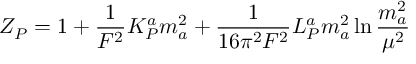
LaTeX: Z _ { P } = 1 + \frac { 1 } { F ^ { 2 } } K _ { P } ^ { a } m _ { a } ^ { 2 } + \frac { 1 } { 1 6 \pi ^ { 2 } F ^ { 2 } } L _ { P } ^ { a } m _ { a } ^ { 2 } \ln \frac { m _ { a } ^ { 2 } } { \mu ^ { 2 } }